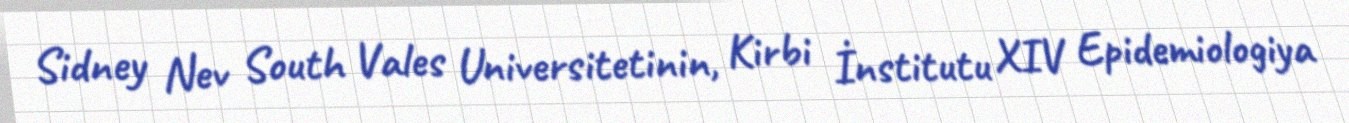
Sidney Nev South Vales Universitetinin, Kirbi İnstitutu XIV Epidemiologiya